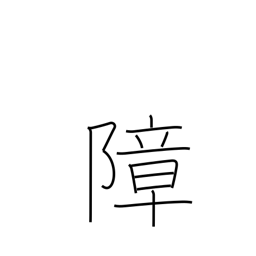
Meaning: hinder